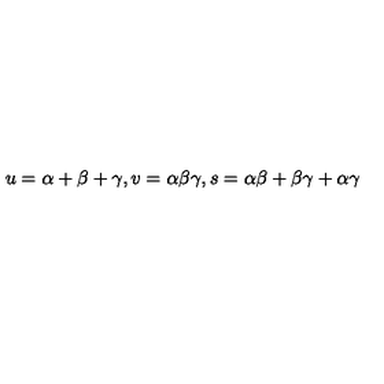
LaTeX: u = \alpha + \beta + \gamma , v = \alpha \beta \gamma , s = \alpha \beta + \beta \gamma + \alpha \gamma